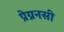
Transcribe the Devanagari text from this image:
प्रेग्ननसी